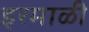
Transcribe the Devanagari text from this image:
इरमाळी